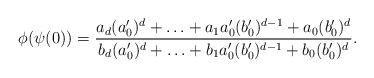
LaTeX: \begin{align*} \phi(\psi(0)) = \frac{a_{d}(a'_0)^{d} + \ldots + a_1 a'_0(b'_0)^{d-1} + a_{0}(b'_0)^d}{b_{d}(a'_0)^{d} + \ldots + b_1a'_0 (b'_0)^{d-1} + b_{0}(b'_0)^d}.\end{align*}